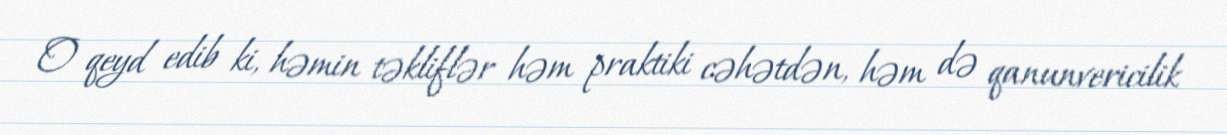
O qeyd edib ki, həmin təkliflər həm praktiki cəhətdən, həm də qanunvericilik